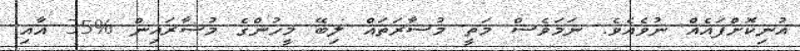
އުނިކޮށްފައެއް ނުވެއެވެ. ނަމަވެސް މަތީ މުސާރަތައް ލިބޭ މީހުންގެ މުސާރައިން %35 އާއި